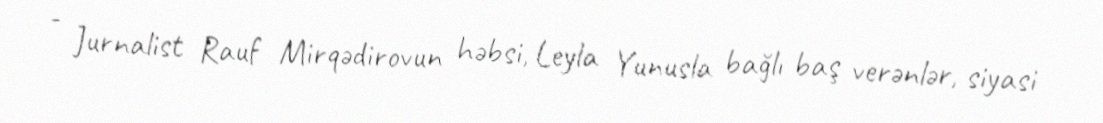
- Jurnalist Rauf Mirqədirovun həbsi, Leyla Yunusla bağlı baş verənlər, siyasi